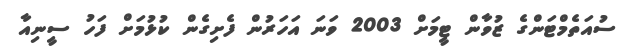
ސުއަތެމްޓަންގެ ޒުވާން ޓީމަށް 2003 ވަނަ އަހަރުން ފެށިގެން ކުޅުމަށް ފަހު ސީނިއާ